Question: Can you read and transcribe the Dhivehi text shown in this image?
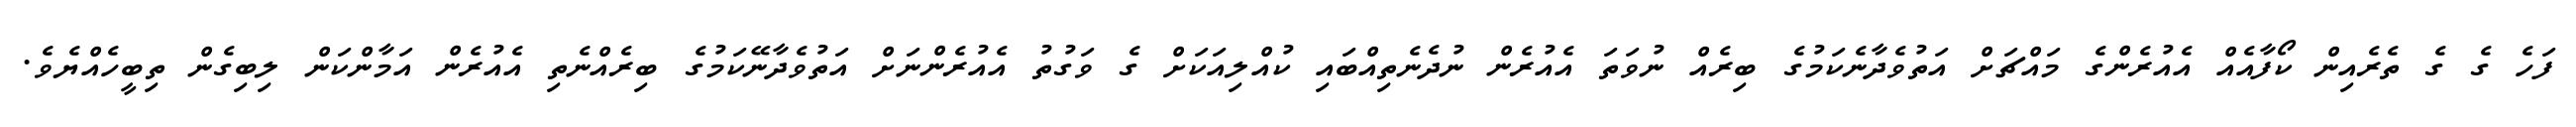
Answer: ފަހެ ގެ ގެ ތެރެއިން ކޯފާއެއް އެއުރެންގެ މައްޗަށް އަތުވެދާނެކަމުގެ ބިރެއް ނުވަތަ އެއުރެން ނުދެނެތިއްބައި ކުއްލިއަކަށް ގެ ވަގުތު އެއުރެންނަށް އަތުވެދާނޭކަމުގެ ބިރެއްނެތި އެއުރެން އަމާންކަން ލިބިގެން ތިބީހެއްޔެވެ.